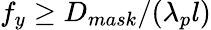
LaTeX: f_{y}\geq D_{mask}/(\lambda_{p}l)